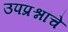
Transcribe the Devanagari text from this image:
उपप्रश्नांचे